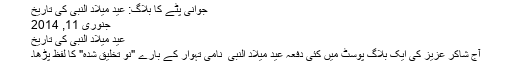
جوانی پِٹّے کا بلاگ: عید میلاد النبیؐ کی تاریخ
جنوری 11, 2014
عید میلاد النبیؐ کی تاریخ
آج شاکر عزیز کی ایک بلاگ پوسٹ میں کئی دفعہ عید میلاد النبی ؐ نامی تہوار کے بارے "نو تخلیق شدہ" کا لفظ پڑھا۔